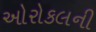
ઓરોકલની